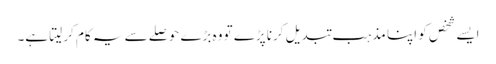
ایسے شخص کو اپنا مذہب تبدیل کرنا پڑے تو وہ بڑے حوصلے سے یہ کام کر لیتا ہے۔